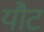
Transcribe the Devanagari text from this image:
यौट